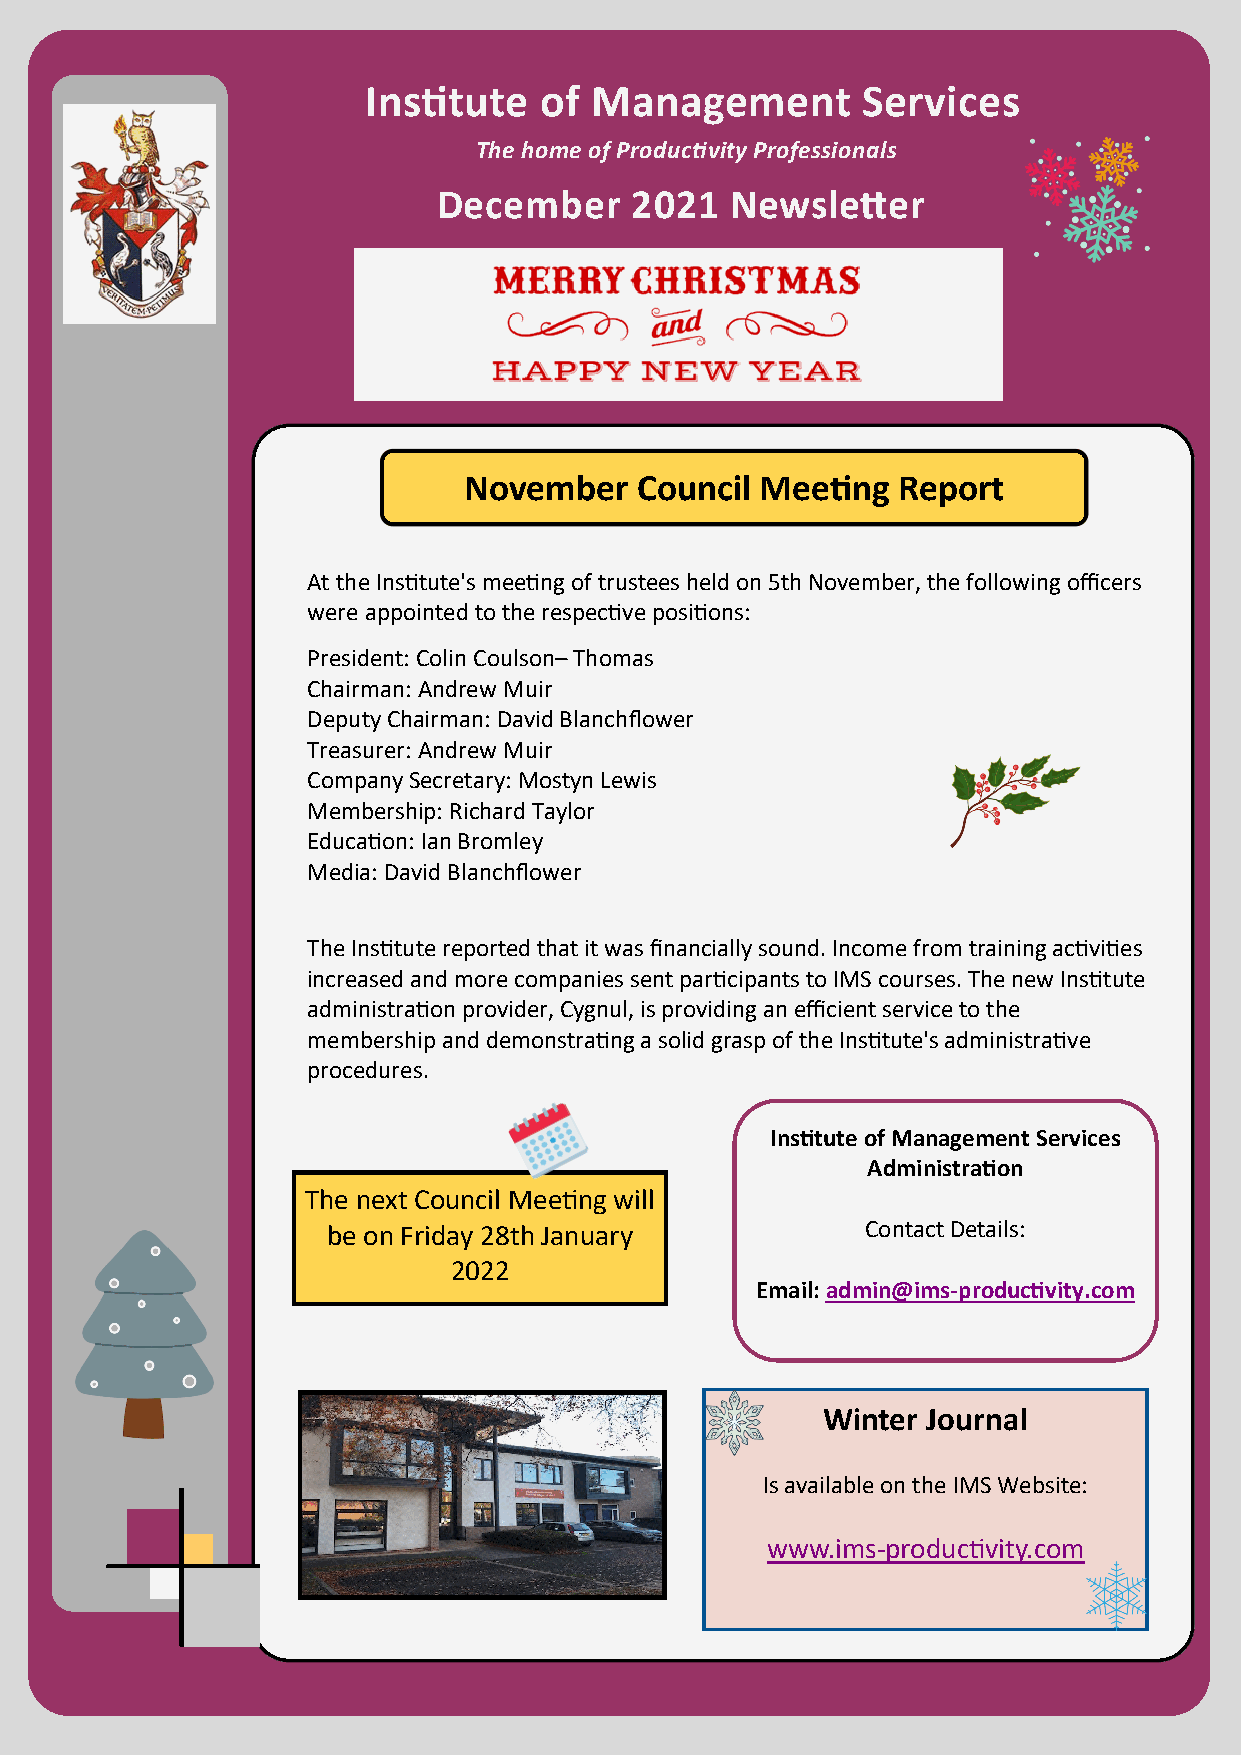
Institute   of Management        Services
 The home of Productivity Professionals
 December     2021  Newsletter
 November   Council Meeting  Report
 At the Institute's meeting of trustees held on 5th November, the following officers
 were appointed to the respective positions:
 President: Colin Coulson– Thomas
 Chairman: Andrew Muir
 Deputy Chairman: David Blanchflower
 Treasurer: Andrew Muir
 Company Secretary: Mostyn Lewis
 Membership: Richard Taylor
 Education: Ian Bromley
 Media: David Blanchflower
 The Institute reported that it was financially sound. Income from training activities
 increased and more companies sent participants to IMS courses. The new Institute
 administration provider, Cygnul, is providing an efficient service to the
 membership and demonstrating a solid grasp of the Institute's administrative
 procedures.
 Institute of Management Services
 Administration
 The next Council Meeting will
 be on Friday 28th January          Contact Details:
 2022
 Email: admin@ims-productivity.com
 Winter Journal
 Is available on the IMS Website:
 www.ims-productivity.com